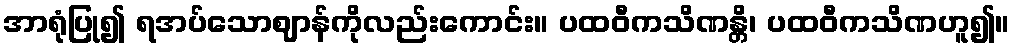
အာရုံပြု၍ ရအပ်သောဈာန်ကိုလည်းကောင်း။ ပထဝီကသိဏန္တိ၊ ပထဝီကသိဏဟူ၍။